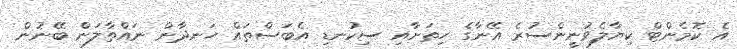
އެ ކޮމެންޓް ކިޔާލެވުނީންސުރެ އޭނާގެ ހިތަށާއި ސިކުނޑި އެބަސްތައް ހަނދާން ނައްތާލަން ބޭނުން